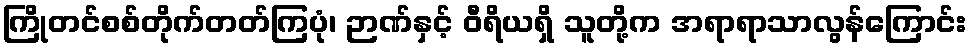
ကြိုတင်စစ်တိုက်တတ်ကြပုံ၊ ဉာဏ်နှင့် ဝီရိယရှိ သူတို့က အရာရာသာလွန်ကြောင်း